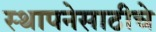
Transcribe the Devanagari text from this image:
स्थापनेसाठीचे